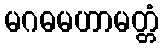
မဂဓမဟာမတ္တံ